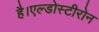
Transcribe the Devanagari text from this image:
है।एल्डोस्टीरोन